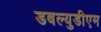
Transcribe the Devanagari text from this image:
डबल्युडीएम